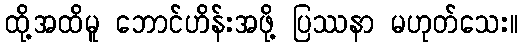
ထို့အထိမူ ဘောင်ဟိန်းအဖို့ ပြဿနာ မဟုတ်သေး။